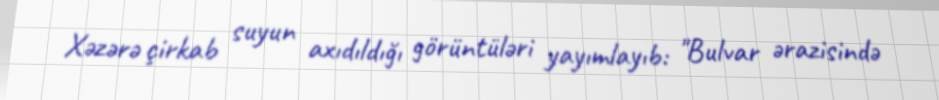
Xəzərə çirkab suyun axıdıldığı görüntüləri yayımlayıb: "Bulvar ərazisində